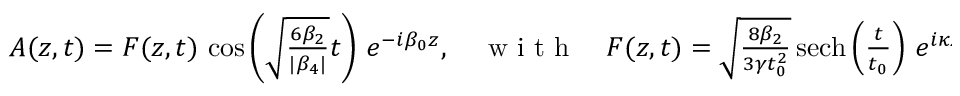
\begin{array} { r } { A ( z , t ) = F ( z , t ) \, \cos \left( \sqrt { \frac { 6 \beta _ { 2 } } { | \beta _ { 4 } | } } t \right) \, e ^ { - i \beta _ { 0 } z } , \quad \mathrm { ~ w ~ i ~ t ~ h ~ } \quad F ( z , t ) = \sqrt { \frac { 8 \beta _ { 2 } } { 3 \gamma t _ { 0 } ^ { 2 } } } \, \mathrm { { s e c h } } \left( \frac { t } { t _ { 0 } } \right) \, e ^ { i \kappa z } , \quad \mathrm { ~ a ~ n ~ d ~ } \quad \kappa = \frac { \beta _ { 2 } } { t _ { 0 } ^ { 2 } } . } \end{array}